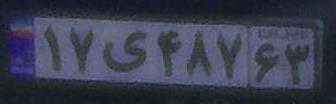
۱۷ی۴۸۷۶۳